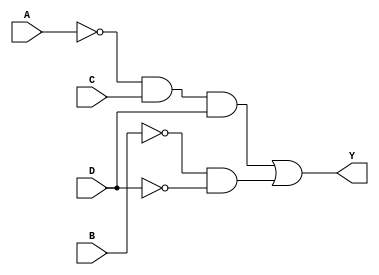
module kmap_4var (
    input wire A,  // Input variable A
    input wire B,  // Input variable B
    input wire C,  // Input variable C
    input wire D,  // Input variable D
    output wire Y  // Output of the combinational logic block
);

// Define the output logic based on the simplified expression
// Output = A'CD + B'D'
assign Y = (~A & C & D) | (~B & ~D);

endmodule